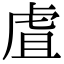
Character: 虘